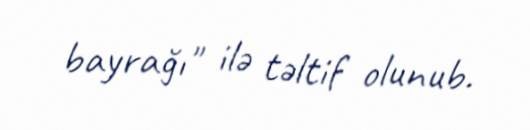
bayrağı" ilə təltif olunub.